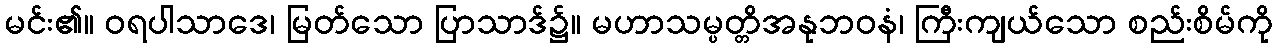
မင်း၏။ ဝရပါသာဒေ၊ မြတ်သော ပြာသာဒ်၌။ မဟာသမ္ပတ္တိအနုဘဝနံ၊ ကြီးကျယ်သော စည်းစိမ်ကို